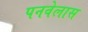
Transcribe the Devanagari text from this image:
पनवेलास